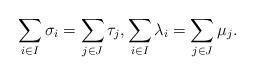
LaTeX: \begin{align*} \sum_{i \in I} \sigma_i = \sum_{j \in J} \tau_j, \sum_{i \in I} \lambda_i = \sum_{j \in J} \mu_j. \end{align*}